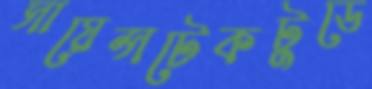
সায়েন্সটেকটুডে